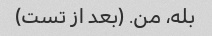
بله، من. (بعد از تست)